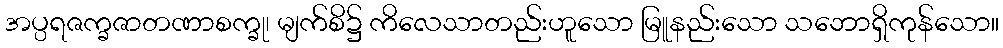
အပ္ပရဇက္ခဇာတဏာစက္ခု၊ မျက်စိ၌ ကိလေသာတည်းဟူသော မြူနည်းသော သဘောရှိကုန်သော။